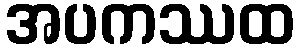
အပကဿထ